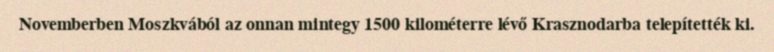
Novemberben Moszkvából az onnan mintegy 1500 kilométerre lévő Krasznodarba telepítették ki.